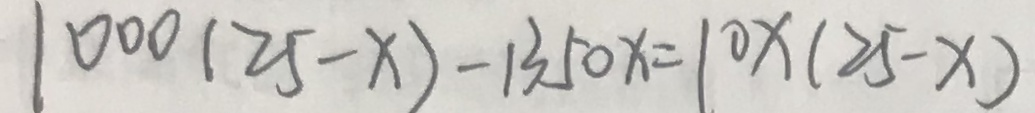
1 0 0 0 ( 2 5 - x ) - 1 3 5 0 x = 1 0 x ( 2 5 - x )